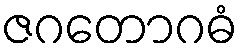
ဇဂတောဂဓံ